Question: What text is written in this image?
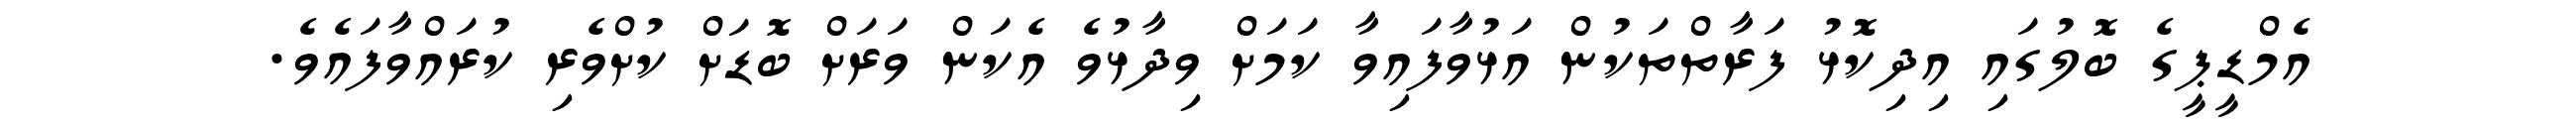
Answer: އެމްޑީޕީގެ ބޮލުގައި އިދިކޮޅު ފަރާތްތަކުން އަޅުވާފައިވާ ކަމަށް ވިދާޅުވެ އެކަން ވަރަށް ބޮޑަށް ކުށްވެރި ކުރައްވާފައެވެ.